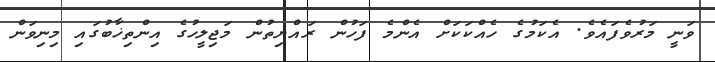
ވަނީ މަރުވެފައެވެ. އެކަމުގެ ހެއްކަކަށް އެންމެ ފަހުން ރައްޔިތުން މަޖިލީހުގެ އިންތިޚާބުގައި މިނިވަން